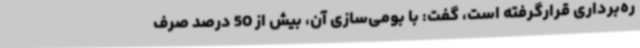
ره‌برداری قرارگرفته است، گفت: با بومی‌سازی آن، بیش از 50 درصد صرف